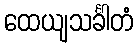
ထေယျသင်္ခါတံ